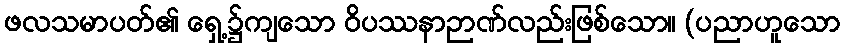
ဖလသမာပတ်၏ ရှေ့၌ကျသော ဝိပဿနာဉာဏ်လည်းဖြစ်သော။ (ပညာဟူသော